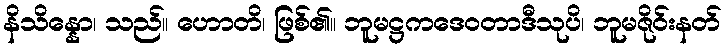
နိသိန္နော၊ သည်။ ဟောတိ၊ ဖြစ်၏။ ဘူမဋ္ဌကဒေဝတာဒီသုပိ၊ ဘူမဇိုဝ်းနတ်